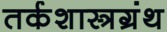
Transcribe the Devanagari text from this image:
तर्कशास्त्रग्रंथ